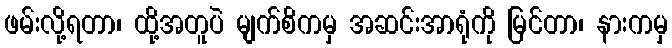
ဖမ်းလို့ရတာ၊ ထို့အတူပဲ မျက်စိကမှ အဆင်းအာရုံကို မြင်တာ၊ နားကမှ